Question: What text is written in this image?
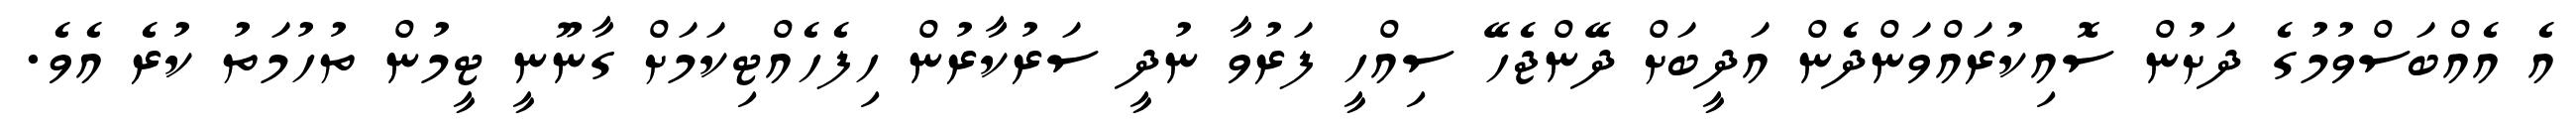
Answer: އެ އެއްބަސްވުމުގެ ދަށުން ސޮއިކުރައްވަންދެން އަދީބަށް ދޭންޖެހޭ ސިއްހީ ފަރުވާ ނުދީ ސަރުކާރުން ހިފެހެއްޓިކަމަށް ގާނޫނީ ޓީމުން ތުހުމަތު ކުރެ އެވެ.